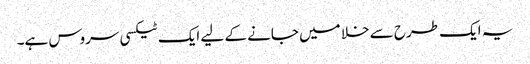
یہ ایک طرح سے خلا میں جانے کے لیے ایک ٹیکسی سروس ہے۔